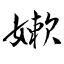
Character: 嫰